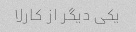
یکی دیگر از کارلا